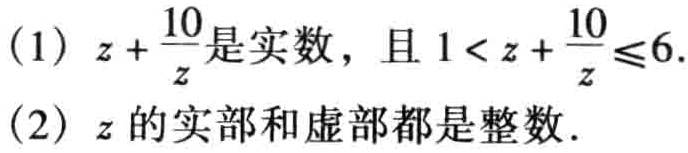
(1) \(z + \frac{10}{z}\)是实数，且 \(1< z + \frac{10}{z} \leq 6\).
(2) \(z\)的实部和虚部都是整数.